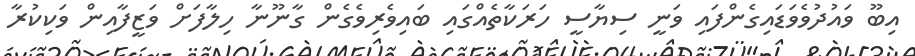
އިބޫ ވައުދުވެވަޑައިގެންފައި ވަނީ ސިޔާސީ ހަރަކާތެއްގައި ބައިވެރިވެގެން ގާނޫނާ ހިލާފަށް ވަޒީފާއިން ވަކިކުރާ